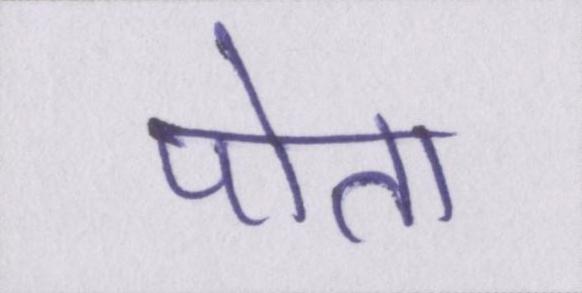
पोता